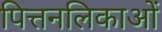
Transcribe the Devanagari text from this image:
पित्तनलिकाओं